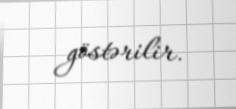
göstərilir.